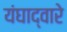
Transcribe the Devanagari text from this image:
यंघाद्वारे